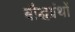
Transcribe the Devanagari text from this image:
बौद्धग्रंथों